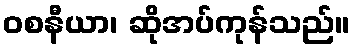
ဝစနီယာ၊ ဆိုအပ်ကုန်သည်။